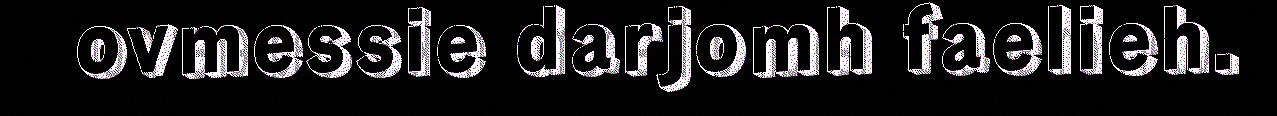
ovmessie darjomh faelieh.